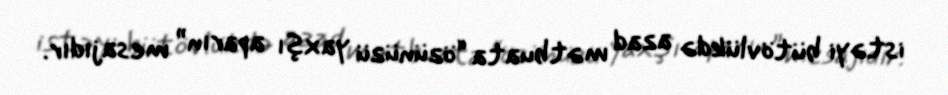
istəyi bütövlükdə azad mətbuata “özünüzü yaxşı aparın” mesajıdır.